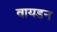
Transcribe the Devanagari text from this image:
वायडन